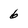
Character: 6